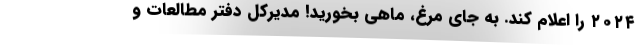
۲۰۲۴ را اعلام کند. به جای مرغ، ماهی بخورید! مدیرکل دفتر مطالعات و